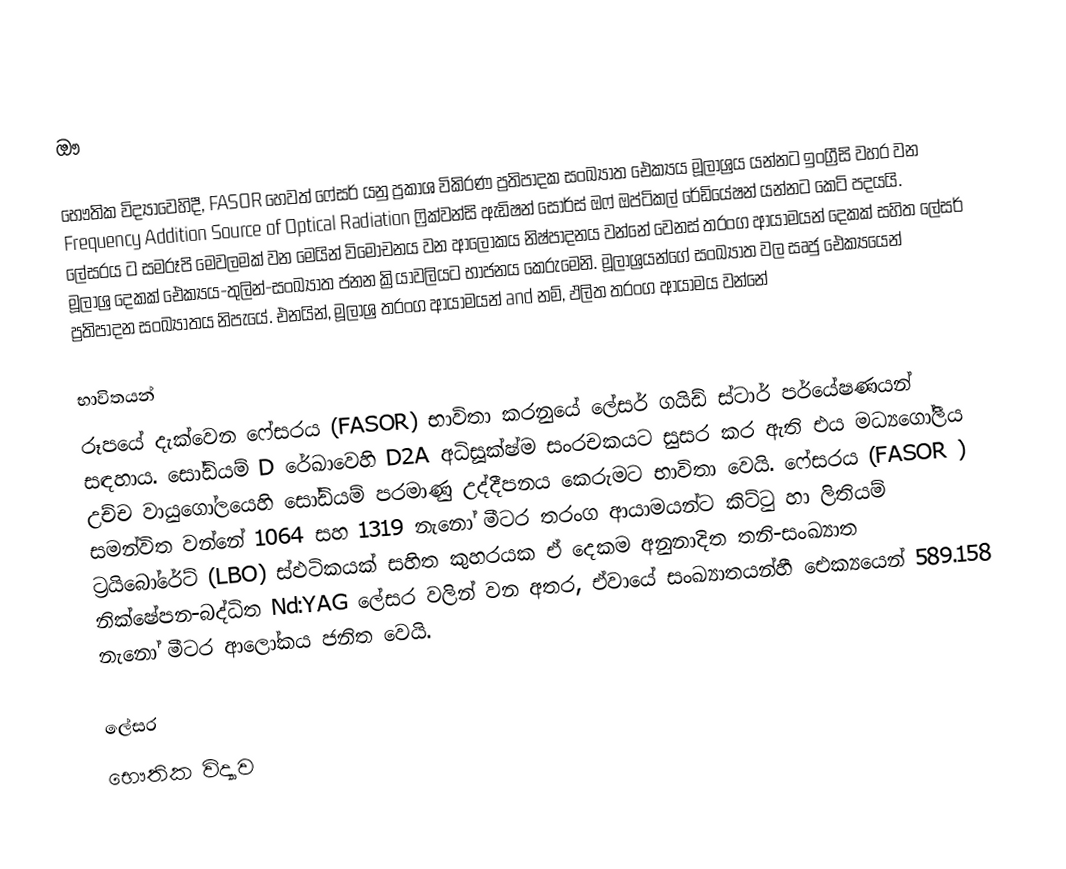
ඖ

භෞතික විද්‍යාවෙහිදී, FASOR හෙවත් ෆේසර් යනු ප්‍රකාශ විකිරණ ප්‍රතිපාදක සංඛ්‍යාත ඓක්‍යය මූලාශ්‍රය යන්නට ඉංග්‍රීසි වහර වන    Frequency Addition Source of Optical Radiation   ෆ්‍රික්වන්සි ඇඩිෂන් සෝර්ස් ඔෆ් ඔප්ටිකල් රේඩියේෂන් යන්නට කෙටි පදයයි.  ලේසරය ට සමරූපි මෙවලමක් වන මෙයින් විමෝචනය වන ආලෝකය නිෂ්පාදනය වන්නේ වෙනස් තරංග ආයාමයන් දෙකක් සහිත ලේසර් මූලාශ්‍ර දෙකක්  ඓක්‍යය-තුලින්-සංඛ්‍යාත ජනන ක්‍රියාවලියට භාජනය කෙරුමෙනි. මූලාශ්‍රයන්ගේ සංඛ්‍යාත වල සෘජු ඓක්‍යයෙන් ප්‍රතිපාදන සංඛ්‍යාතය නිපැයේ. එනයින්, මූලාශ්‍ර තරංග ආයාමයන්   and  නම්, ඵලිත තරංග ආයාමය වන්නේ

භාවිතයන්
රූපයේ දැක්වෙන ෆේසරය (FASOR) භාවිතා කරනුයේ ලේසර් ගයිඩ් ස්ටාර් පර්යේෂණයන් සඳහාය.  සෝඩියම් D රේඛාවෙහි  D2A අධිසූක්ෂ්ම සංරචකයට සුසර කර ඇති එය මධ්‍යගෝලීය උච්ච වායුගෝලයෙහි සෝඩියම් පරමාණු උද්දීපනය කෙරුමට භාවිතා වෙයි. ෆේසරය (FASOR ) සමන්විත වන්නේ 1064 සහ 1319 නැනෝ මීටර තරංග ආයාමයන්ට කිට්ටු හා ලිතියම් ට්‍රයිබෝරේට් (LBO) ස්ඵටිකයක් සහිත කුහරයක ඒ දෙකම අනුනාදිත  තනි-සංඛ්‍යාත නික්ෂේපන-බද්ධිත  Nd:YAG ලේසර වලින් වන අතර, ඒවා‍යේ සංඛ්‍යාතයන්හී  ඓක්‍යයෙන් 589.158 නැනෝ මීටර ආලෝකය ජනිත වෙයි.

ලේසර
භෞතික විද්‍යාව